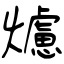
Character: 爈